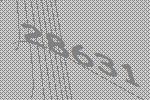
28631